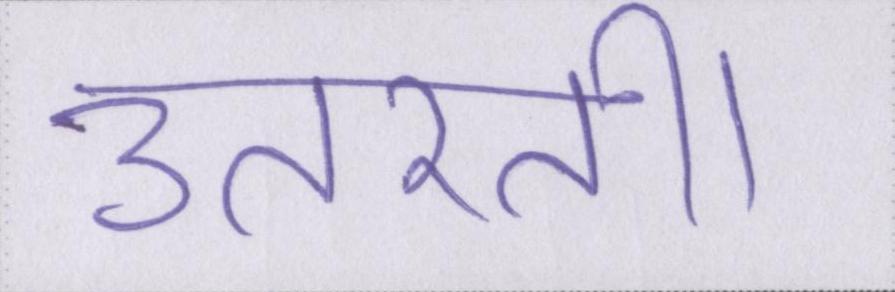
उतरती।